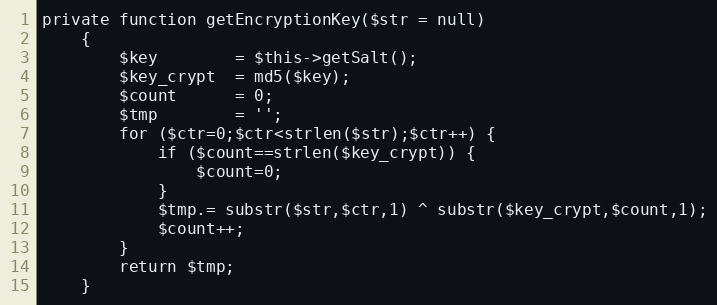
Language: PHP
private function getEncryptionKey($str = null)
    {
        $key        = $this->getSalt();
        $key_crypt  = md5($key);
        $count      = 0;
        $tmp        = '';
        for ($ctr=0;$ctr<strlen($str);$ctr++) {
            if ($count==strlen($key_crypt)) {
                $count=0;
            }
            $tmp.= substr($str,$ctr,1) ^ substr($key_crypt,$count,1);
            $count++;
        }
        return $tmp;
    }